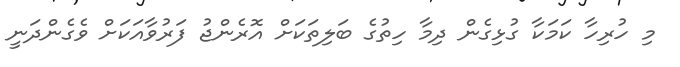
މި ހުރިހާ ކަމަކާ ގުޅިގެން ދިމާ ހިތުގެ ބަލިތަކަށް އޮރެންޖު ފަރުވާއަކަށް ވެގެންދަނީ